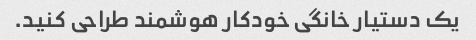
یک دستیار خانگی خودکار هوشمند طراحی کنید.